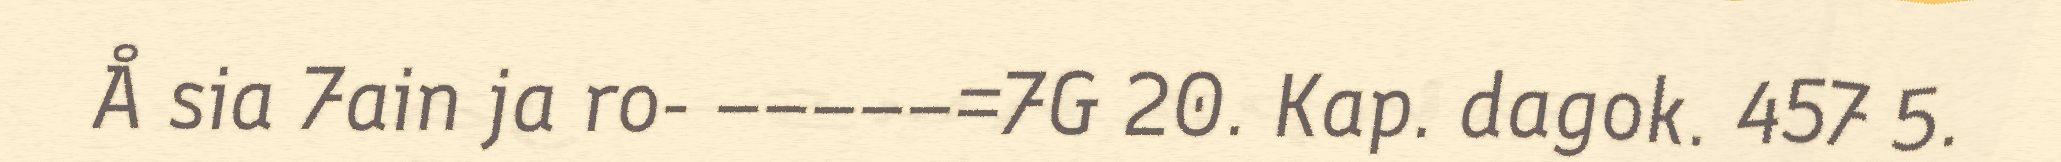
Å sia 7ain ja ro- –––––=7G 20. Kap. dagok. 457 5.